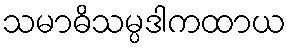
သမာဓိသမ္ပဒါကထာယ